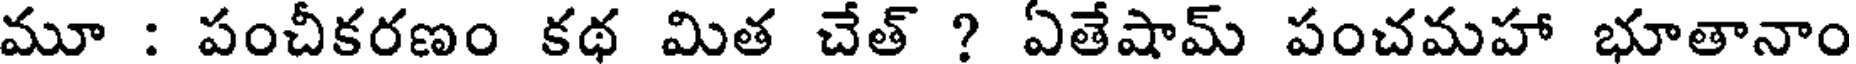
మూ : పంచీకరణం కథ మిత చేత్ ? ఏతేషామ్ పంచమహా భూతానాం